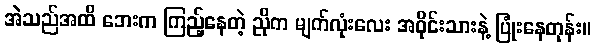
အဲသည်အထိ ဘေးက ကြည့်နေတဲ့ ညိုက မျက်လုံးလေး အဝိုင်းသားနဲ့ ပြုံးနေတုန်း။